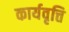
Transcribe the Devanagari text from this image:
कार्यवृत्ति